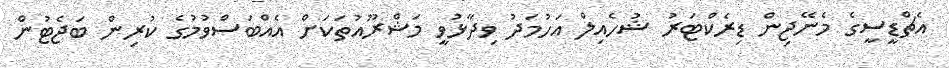
އެޗްޑީސީގެ މެނޭޖިން ޑިރެކްޓަރު ޝުހެއިލް އަހުމަދު ވިދާޅުވީ މަޝްރޫއުތަކަށް އެއްބަސްވުމުގެ ކުރިން ބަޖެޓުން